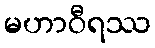
မဟာဝီရဿ